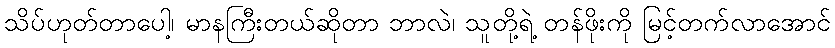
သိပ်ဟုတ်တာပေါ့၊ မာနကြီးတယ်ဆိုတာ ဘာလဲ၊ သူတို့ရဲ့ တန်ဖိုးကို မြင့်တက်လာအောင်